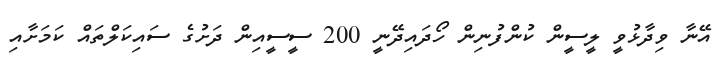
އޭނާ ވިދާޅުވީ ލީސީން ކުންފުނިން ހޯދައިދޭނީ 200 ސީސީއިން ދަށުގެ ސައިކަލްތައް ކަމަށާއި